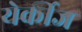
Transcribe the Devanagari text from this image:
येर्कीज